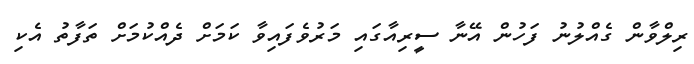
ރިލްވާން ގެއްލުނު ފަހުން އޭނާ ސީރިއާގައި މަރުވެފައިވާ ކަމަށް ދެއްކުމަށް ތަފާތު އެކި